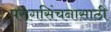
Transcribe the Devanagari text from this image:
परागसिंचनासाठी